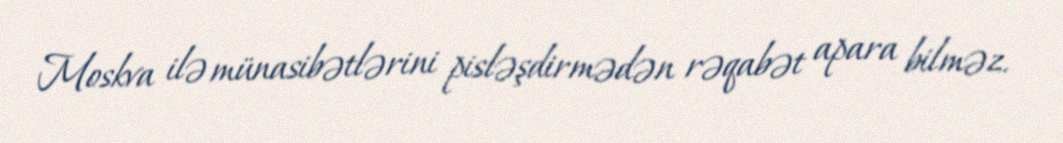
Moskva ilə münasibətlərini pisləşdirmədən rəqabət apara bilməz.